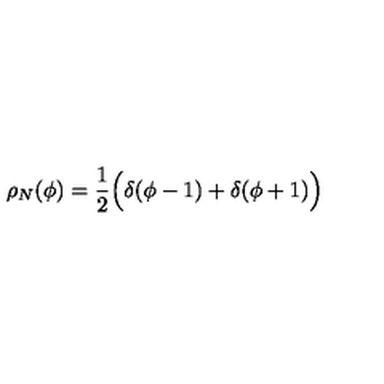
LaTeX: \rho _ { N } ( \phi ) = { \frac { 1 } { 2 } } \Bigl ( \delta ( \phi - 1 ) + \delta ( \phi + 1 ) \Bigr )